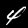
Label: 4